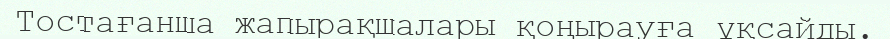
Тостағанша жапырақшалары қоңырауға ұқсайды.